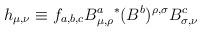
LaTeX: \begin{align*}h_{\mu,\nu} \equiv f_{a,b,c}B^a_{\mu,\rho} {^*}(B^b)^{\rho,\sigma}B^c_{\sigma,\nu}\end{align*}